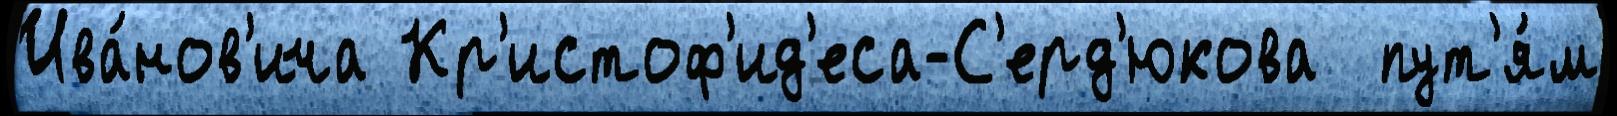
Ива́нов'ича Кр'истоф'ид'еса-С'ерд'юкова  пут'я́м